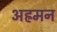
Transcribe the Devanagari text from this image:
अह्रमन